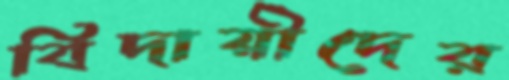
বিদায়ীদের